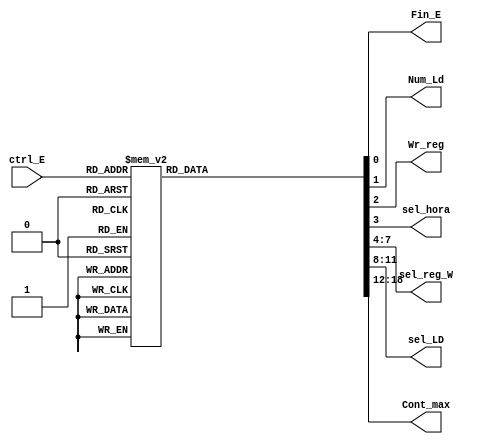
module Deco_Escribir(
   input wire [4:0] ctrl_E,
	output reg Fin_E, Num_Ld,Wr_reg,sel_hora,
	output reg [3:0]sel_reg_W, sel_LD,
	output reg [6:0] Cont_max
    );

always @* 
	
	case(ctrl_E)
	
		5'b00000: //a 
			begin		
			Fin_E=0;
			Num_Ld=0;
			Wr_reg=0;
			sel_hora=0;
			sel_reg_W=4'b0000;
			sel_LD=4'b0000;
			Cont_max=7'b0000000;
			end
		
		5'b00001: //b Empieza segundos
			begin		
			Fin_E=0;
			Num_Ld=1;
			Wr_reg=1;
			sel_hora=0;
			sel_reg_W=4'b0000;
			sel_LD=4'b0000;
			Cont_max=7'b0111011;
			end
			
		5'b00010: //c 
			begin		
			Fin_E=0;
			Num_Ld=0;
			Wr_reg=1;
			sel_hora=0;
			sel_reg_W=4'b0000;
			sel_LD=4'b0000;
			Cont_max=7'b0111011;
			end
		
		5'b00011: //d Empieza minutos
			begin		
			Fin_E=0;
			Num_Ld=1;
			Wr_reg=1;
			sel_hora=0;
			sel_reg_W=4'b0001;
			sel_LD=4'b0001;
			Cont_max=7'b0111011;
			end
			
		5'b00100: //e 
			begin		
			Fin_E=0;
			Num_Ld=0;
			Wr_reg=1;
			sel_hora=0;
			sel_reg_W=4'b0001;
			sel_LD=4'b0001;
			Cont_max=7'b0111011;
			end
			
		5'b00101: //f Empieza horas formato 24h
			begin		
			Fin_E=0;
			Num_Ld=1;
			Wr_reg=1;
			sel_hora=1;
			sel_reg_W=4'b0010;
			sel_LD=4'b0010;
			Cont_max=7'b0010111;
			end
		
		5'b00110: //g 
			begin		
			Fin_E=0;
			Num_Ld=0;
			Wr_reg=1;
			sel_hora=1;
			sel_reg_W=4'b0010;
			sel_LD=4'b0010;
			Cont_max=7'b0010111;
			end
			
		5'b00111: //h Empieza dia
			begin		
			Fin_E=0;
			Num_Ld=1;
			Wr_reg=1;
			sel_hora=0;
			sel_reg_W=4'b0011;
			sel_LD=4'b0011;
			Cont_max=7'b0011111;
			end
		
		5'b01000: //i 
			begin		
			Fin_E=0;
			Num_Ld=0;
			Wr_reg=1;
			sel_hora=0;
			sel_reg_W=4'b0011;
			sel_LD=4'b0011;
			Cont_max=7'b0011111;
			end
			
		5'b01001: //j Empieza mes
			begin		
			Fin_E=0;
			Num_Ld=1;
			Wr_reg=1;
			sel_hora=0;
			sel_reg_W=4'b0100;
			sel_LD=4'b0100;
			Cont_max=7'b0001100;
			end
		
		5'b01010: //k 
			begin		
			Fin_E=0;
			Num_Ld=0;
			Wr_reg=1;
			sel_hora=0;
			sel_reg_W=4'b0100;
			sel_LD=4'b0100;
			Cont_max=7'b0001100;
			end
			
		5'b01011: //l Empieza ao
			begin		
			Fin_E=0;
			Num_Ld=1;
			Wr_reg=1;
			sel_hora=0;
			sel_reg_W=4'b0101;
			sel_LD=4'b0101;
			Cont_max=7'b1100011;
			end
		
		5'b01100: //m 
			begin		
			Fin_E=0;
			Num_Ld=0;
			Wr_reg=1;
			sel_hora=0;
			sel_reg_W=4'b0101;
			sel_LD=4'b0101;
			Cont_max=7'b1100011;
			end
			
		5'b01101: //n 
			begin		
			Fin_E=0;
			Num_Ld=0;
			Wr_reg=1;
			sel_hora=0;
			sel_reg_W=4'b0101;
			sel_LD=4'b0101;
			Cont_max=7'b1100011;
			end
		
		5'b01110: //o Empieza seg timer
			begin		
			Fin_E=0;
			Num_Ld=1;
			Wr_reg=1;
			sel_hora=0;
			sel_reg_W=4'b0110;
			sel_LD=4'b0110;
			Cont_max=7'b0111011;
			end
		
		5'b01111: //p 
			begin		
			Fin_E=0;
			Num_Ld=0;
			Wr_reg=1;
			sel_hora=0;
			sel_reg_W=4'b0110;
			sel_LD=4'b0110;
			Cont_max=7'b0111011;
			end
		
		5'b10000: //q empieza min timer
			begin		
			Fin_E=0;
			Num_Ld=1;
			Wr_reg=1;
			sel_hora=0;
			sel_reg_W=4'b0111;
			sel_LD=4'b0111;
			Cont_max=7'b0111011;
			end
		
		5'b10001: //r 
			begin		
			Fin_E=0;
			Num_Ld=0;
			Wr_reg=1;
			sel_hora=0;
			sel_reg_W=4'b0111;
			sel_LD=4'b0111;
			Cont_max=7'b0111011;
			end
		
		5'b10010: //s Empieza hora timer
			begin		
			Fin_E=0;
			Num_Ld=1;
			Wr_reg=1;
			sel_hora=0;
			sel_reg_W=4'b1000;
			sel_LD=4'b1000;
			Cont_max=7'b00010111;
			end
			
		5'b10011: //t 
			begin		
			Fin_E=0;
			Num_Ld=0;
			Wr_reg=1;
			sel_hora=0;
			sel_reg_W=4'b1000;
			sel_LD=4'b1000;
			Cont_max=7'b00010111;
			end
		
		5'b10100: //u 
			begin		
			Fin_E=0;
			Num_Ld=0;
			Wr_reg=1;
			sel_hora=0;
			sel_reg_W=4'b0000;
			sel_LD=4'b0000;
			Cont_max=7'b0111011;
			end
		
		5'b10101: //v Termina de escribir
			begin		
			Fin_E=1;
			Num_Ld=0;
			Wr_reg=0;
			sel_hora=0;
			sel_reg_W=4'b0000;
			sel_LD=4'b0000;
			Cont_max=7'b0000000;
			end
		
		5'b10110: //w 
			begin		
			Fin_E=0;
			Num_Ld=0;
			Wr_reg=0;
			sel_hora=0;
			sel_reg_W=4'b0000;
			sel_LD=4'b0000;
			Cont_max=7'b0000000;
			end
		
		5'b10111: //x Empieza hora formato 12h
			begin		
			Fin_E=0;
			Num_Ld=1;
			Wr_reg=1;
			sel_hora=1;
			sel_reg_W=4'b0010;
			sel_LD=4'b0010;
			Cont_max=7'b0001100;
			end
		
		5'b11000: //y 
			begin		
			Fin_E=0;
			Num_Ld=0;
			Wr_reg=1;
			sel_hora=1;
			sel_reg_W=4'b0010;
			sel_LD=4'b0010;
			Cont_max=7'b0001100;
			end
		
		default:
			begin		
			Fin_E=1;
			Num_Ld=0;
			Wr_reg=0;
			sel_hora=0;
			sel_reg_W=4'b0000;
			sel_LD=4'b0000;
			Cont_max=7'b0000000;
			end
		endcase
		
endmodule